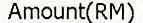
AMOUNT(RM)